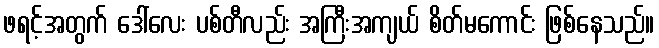
ဖရင့်အတွက် ဒေါ်လေး ပစ်တီလည်း အကြီးအကျယ် စိတ်မကောင်း ဖြစ်နေသည်။